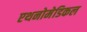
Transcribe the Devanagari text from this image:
एथनोमेडिकल